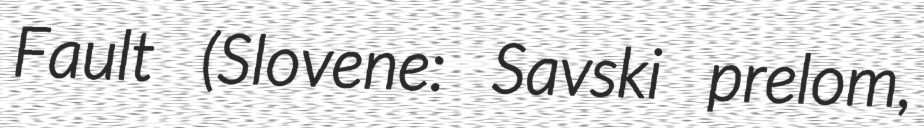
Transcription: Fault (Slovene: Savski prelom,